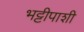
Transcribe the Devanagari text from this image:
भट्टीपाशी